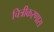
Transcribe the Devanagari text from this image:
चित्रीकरणास